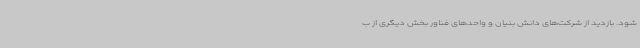
شود. بازدید از شرکت‌های دانش بنیان و واحدهای فناور بخش دیگری از ب